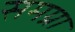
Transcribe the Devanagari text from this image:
समग्रा